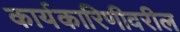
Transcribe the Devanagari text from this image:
कार्यकारिणीवरील